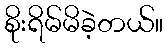
စိုးရိမ်မိခဲ့တယ်။